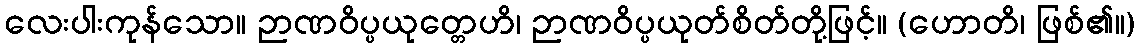
လေးပါးကုန်သော။ ဉာဏဝိပ္ပယုတ္တေဟိ၊ ဉာဏဝိပ္ပယုတ်စိတ်တို့ဖြင့်။ (ဟောတိ၊ ဖြစ်၏။)